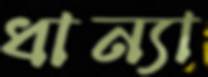
ধান্যা